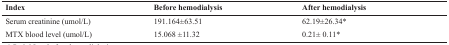
| Index | Before hemodialysis | After hemodialysis |
 | --- | --- | --- |
 | Serum creatinine (umol/L) | 191.164±63.51 | 62.19±26.34* |